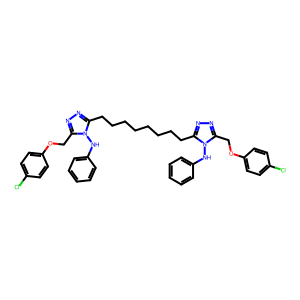
SMILES: Clc1ccc(OCc2nnc(CCCCCCCCc3nnc(COc4ccc(Cl)cc4)n3Nc3ccccc3)n2Nc2ccccc2)cc1
Inhibits HIV replication: No